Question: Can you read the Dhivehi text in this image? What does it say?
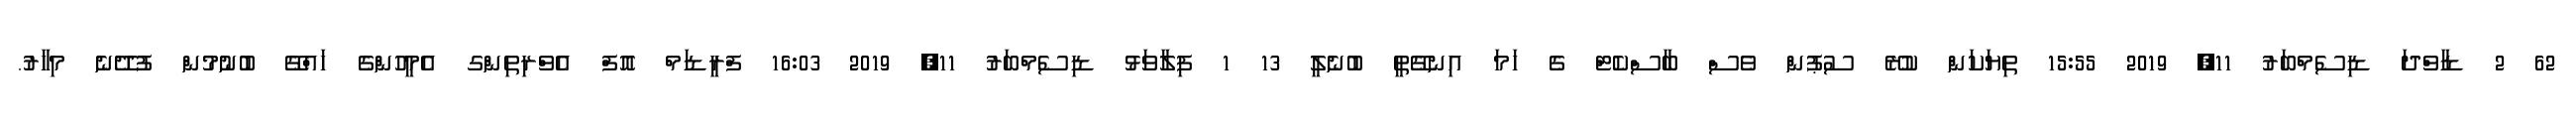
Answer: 62 2 ޑާވްދަ ޑިސެމްބަރު 11, 2019 15:55 ތިޔަކަން ކުރޭ ސުޕުން ވެސް ބާސްކެޓް ގެ ހަމަ އިނގޭތީ ބުނެލީ 13 1 ފިލާވަޅު ޑިސެމްބަރު 11, 2019 16:03 ފްރީޑަމް އޮފް އެވްރިތިންގ އެމީހުންގެ ހައްގޭ ބުނުމުން ފުދޭނެ މިހާރު.